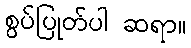
စွပ်ပြုတ်ပါ ဆရာ။